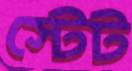
স্টেট